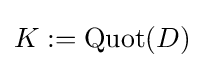
K:=\operatorname {Quot} (D)